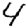
Digit: 4